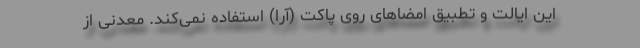
این ایالت و تطبیق امضاهای روی پاکت (آرا) استفاده نمی‌کند. معدنی از